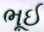
ભૂઈ